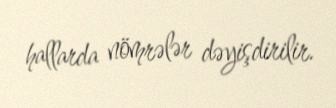
hallarda nömrələr dəyişdirilir.